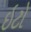
ઇટો